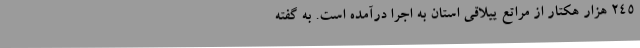
۲۴۵ هزار هکتار از مراتع ییلاقی استان به اجرا درآمده است. به گفته